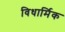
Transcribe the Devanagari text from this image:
विधार्मिक